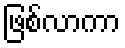
ဖြစ်လာကာ